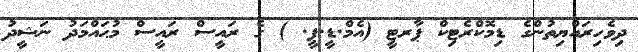
ދިވެހިރައްޔިތުންގެ ޑިމޮކްރެޓިކް ޕާރޓީ (އެމް.ޑީ.ޕީ. ) ގެ ރައީސް ރައީސް މުޙައްމަދު ނަޝީދު